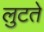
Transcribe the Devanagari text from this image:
लुटते